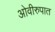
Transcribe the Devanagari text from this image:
ओवीरुपात